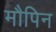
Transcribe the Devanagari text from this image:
मौपिन